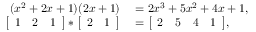
\begin{array} { r l } { ( x ^ { 2 } + 2 x + 1 ) ( 2 x + 1 ) } & { { } = 2 x ^ { 3 } + 5 x ^ { 2 } + 4 x + 1 , } \\ { \bigl [ \begin{array} { c c c } { 1 } & { 2 } & { 1 } \end{array} \bigr ] * \bigl [ \begin{array} { c c } { 2 } & { 1 } \end{array} \bigr ] } & { { } = \bigl [ \begin{array} { c c c c } { 2 } & { 5 } & { 4 } & { 1 } \end{array} \bigr ] , } \end{array}